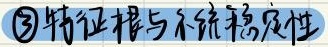
\textcircled{2}特征根与系统稳定性